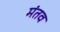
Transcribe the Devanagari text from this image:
मंतव